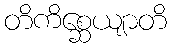
တိကိစ္ဆေယျာတိ